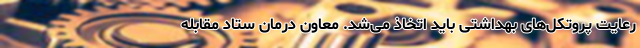
رعایت پروتکل‌های بهداشتی باید اتخاذ می‌شد. معاون درمان ستاد مقابله